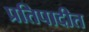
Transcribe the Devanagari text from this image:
प्रतिपादीत